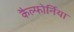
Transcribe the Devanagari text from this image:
कैल्फोर्निया